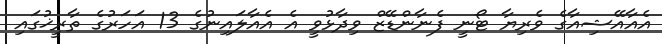
އެއާއޭޝިއާގެ ވެރިޔާ ޓޯނީ ފެނާންޑޭޒް ވިދާޅުވީ އެ އެއާލައިނުގެ 13 އަހަރުގެ ތާރީޚުގައި